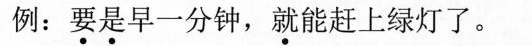
例：要是早一分钟，就能赶上绿灯了。